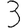
Digit: 3